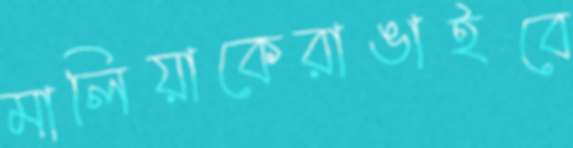
মালিয়াকেরাঙাইবে